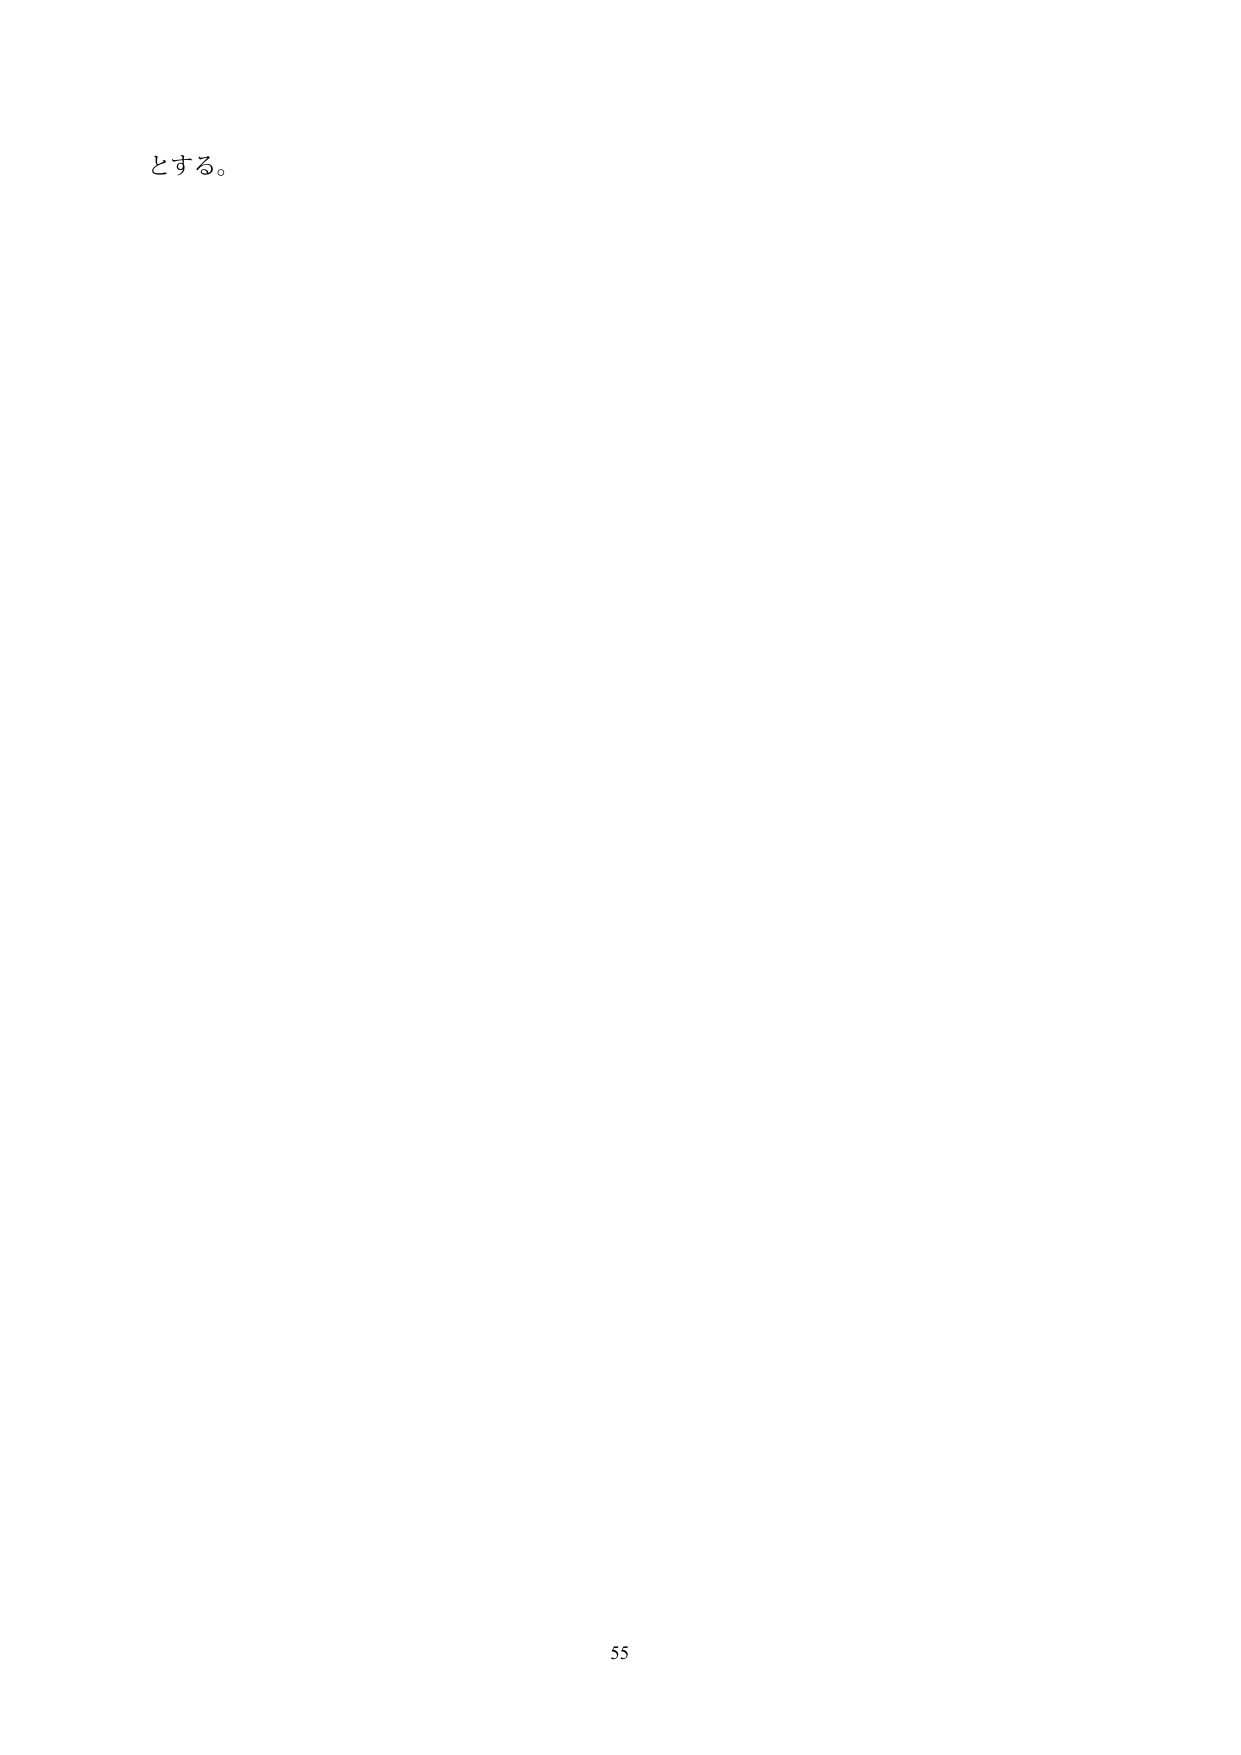
とする。

55